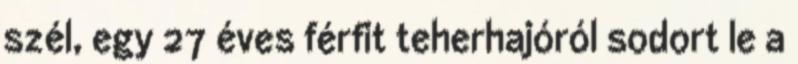
szél, egy 27 éves férfit teherhajóról sodort le a